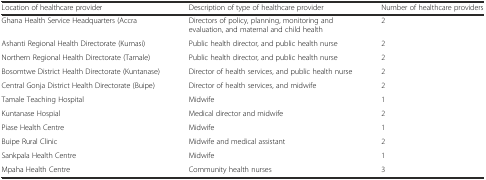
<table><thead><tr><td><b>Location of healthcare provider</b></td><td><b>Description of type of healthcare provider</b></td><td><b>Number of healthcare providers</b></td></tr></thead><tbody><tr><td>Ghana Health Service Headquarters (Accra</td><td>Directors of policy, planning, monitoring and evaluation, and maternal and child health</td><td>2</td></tr><tr><td>Ashanti Regional Health Directorate (Kumasi)</td><td>Public health director, and public health nurse</td><td>2</td></tr><tr><td>Northern Regional Health Directorate (Tamale)</td><td>Public health director, and public health nurse</td><td>2</td></tr><tr><td>Bosomtwe District Health Directorate (Kuntanase)</td><td>Director of health services, and public health nurse</td><td>2</td></tr><tr><td>Central Gonja District Health Directorate (Buipe)</td><td>Director of health services, and midwife</td><td>2</td></tr><tr><td>Tamale Teaching Hospital</td><td>Midwife</td><td>1</td></tr><tr><td>Kuntanase Hospial</td><td>Medical director and midwife</td><td>2</td></tr><tr><td>Piase Health Centre</td><td>Midwife</td><td>1</td></tr><tr><td>Buipe Rural Clinic</td><td>Midwife and medical assistant</td><td>2</td></tr><tr><td>Sankpala Health Centre</td><td>Midwife</td><td>1</td></tr><tr><td>Mpaha Health Centre</td><td>Community health nurses</td><td>3</td></tr></tbody></table>